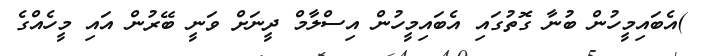
)އެބައިމީހުން ބުނާ ގޮތުގައި އެބައިމީހުން އިސްލާމް ދީނަށް ވަނީ ބޭރުން އައި މީހެއްގެ